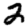
Digit: 2